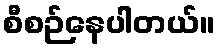
စီစဉ်နေပါတယ်။